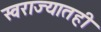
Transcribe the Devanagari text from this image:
स्वराज्यातही